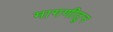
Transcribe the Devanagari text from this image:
मागणीतून